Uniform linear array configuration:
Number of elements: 16
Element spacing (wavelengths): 0.5
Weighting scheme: kaiser
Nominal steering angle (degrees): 0
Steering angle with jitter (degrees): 0.4145
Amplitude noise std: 0.05
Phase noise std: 0.05

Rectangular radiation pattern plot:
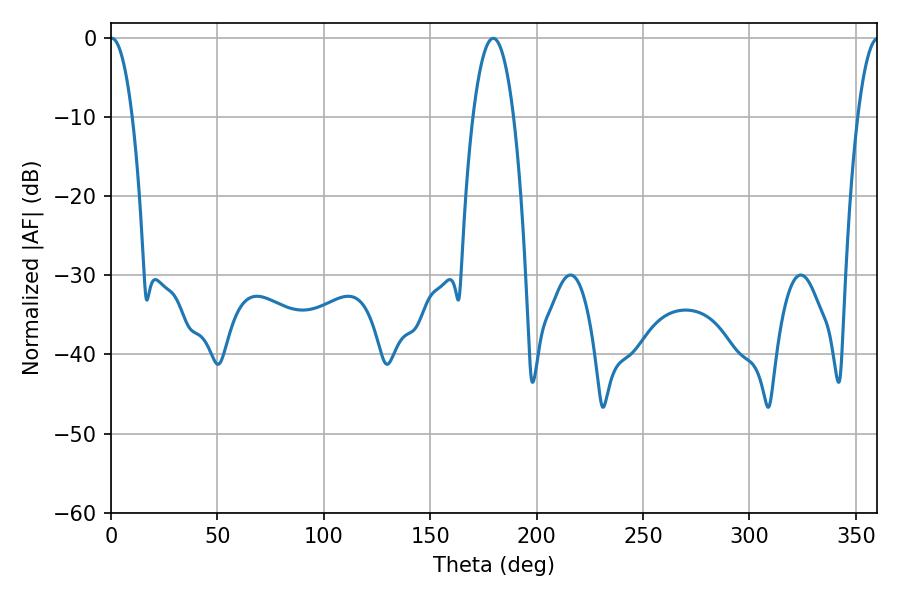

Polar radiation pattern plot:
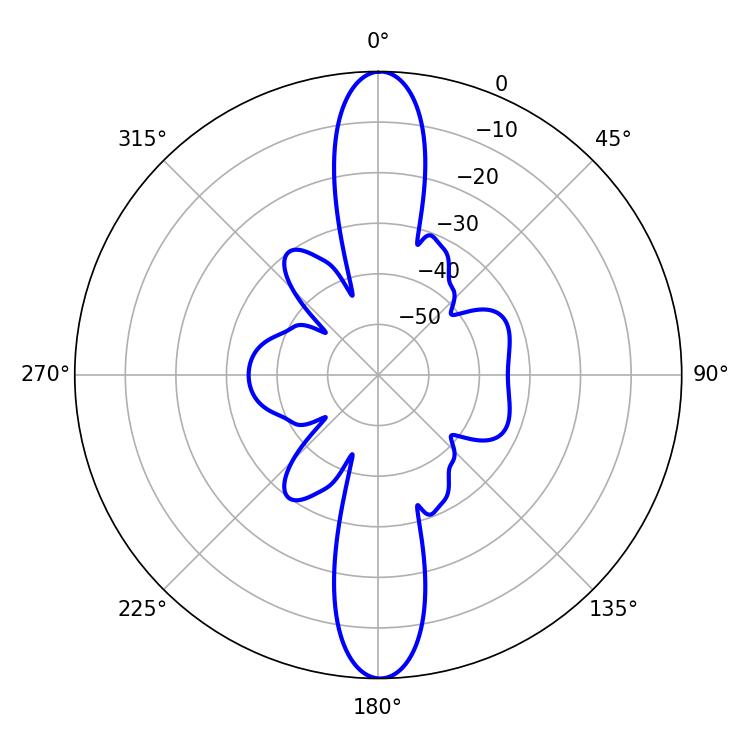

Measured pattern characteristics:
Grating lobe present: FALSE
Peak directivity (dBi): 28.338
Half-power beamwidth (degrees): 5.76
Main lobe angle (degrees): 0.36